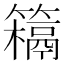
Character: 𥵰